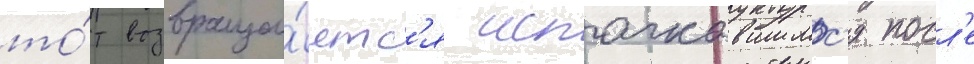
то́т возвраща́етс'я испачкавшимс'я посл'е